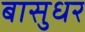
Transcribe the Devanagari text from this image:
बासुधर